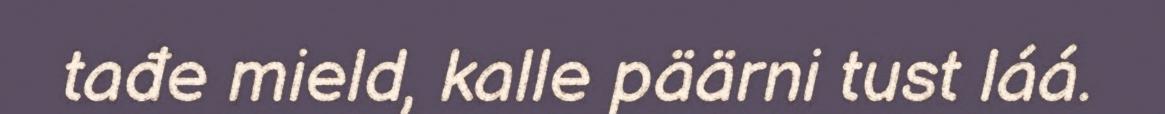
tađe mield, kalle päärni tust láá.